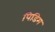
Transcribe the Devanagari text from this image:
पिडिम